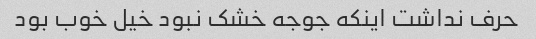
حرف نداشت اینکه جوجه خشک نبود خیل خوب بود